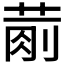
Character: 𱽴